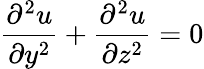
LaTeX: {\frac{\partial^{2}u}{\partial y^{2}}}+{\frac{\partial^{2}u}{\partial z^{2}}}=0